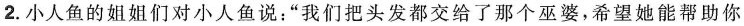
2.小人鱼的姐姐们对小人鱼说：”我们把头发都交给了那个巫婆，希望她能帮助你